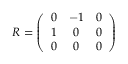
R = \left( \begin{array} { c c c } { 0 } & { - 1 } & { 0 } \\ { 1 } & { 0 } & { 0 } \\ { 0 } & { 0 } & { 0 } \end{array} \right)